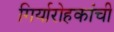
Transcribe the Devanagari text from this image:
गिर्यारोहकांची